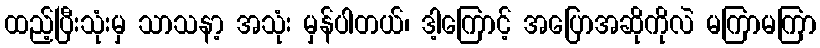
ထည့်ပြီးသုံးမှ သာသနာ့ အသုံး မှန်ပါတယ်၊ ဒါ့ကြောင့် အပြောအဆိုကိုလဲ မကြာမကြာ